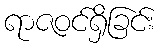
ရာဇဝင်ရှိခြင်း